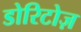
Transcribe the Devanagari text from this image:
डोरिटोज़